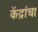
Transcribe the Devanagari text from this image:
केंद्रांचा